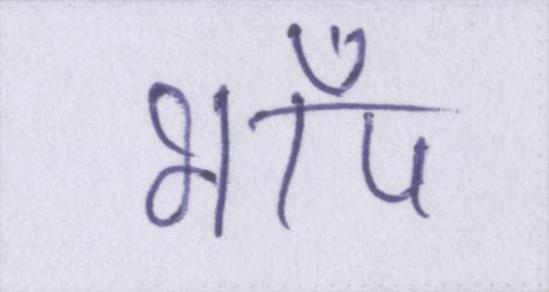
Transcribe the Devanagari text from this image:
भाँप